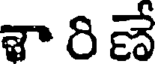
శా రి ణే